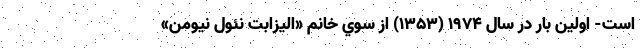
است- اولین بار در سال 1974 (1353) از سوي خانم «اليزابت نئول نيومن»